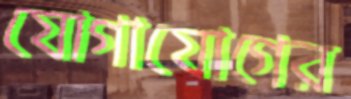
যোগাযোগের